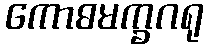
ကောဓမက္ခဂရု